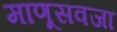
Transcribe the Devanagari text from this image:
माणूसवजा